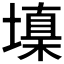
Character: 𰊧